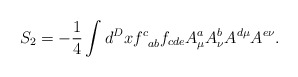
\begin{align*}S_{2}=-\frac{1}{4}\int d^{D}xf_{\;\;ab}^{c}f_{cde}A_{\mu }^{a}A_{\nu}^{b}A^{d\mu }A^{e\nu }. \end{align*}